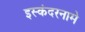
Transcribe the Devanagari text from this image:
इस्कंदरनामे